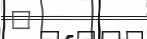
"